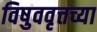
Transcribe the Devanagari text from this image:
विषुववृत्तच्या